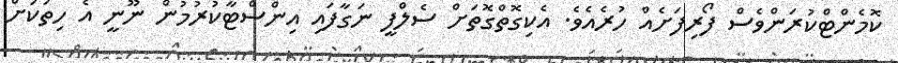
ކޮމެންޓްކުރަންވެސް ފޯރިފަށެއް ހުރެއެވެ. އެކިގޮތްގޮތަށް ސެލްފީ ނަގާފައި އިންސްޓާކުރުމުން ނޫނީ އެ ހިތަކަށް